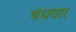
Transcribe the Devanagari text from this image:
बंधवार